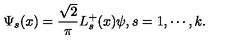
\Psi _ { s } ( x ) = \frac { \sqrt { 2 } } { \pi } L _ { s } ^ { + } ( x ) \psi , s = 1 , \cdots , k .